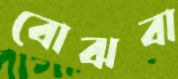
বোঝবা